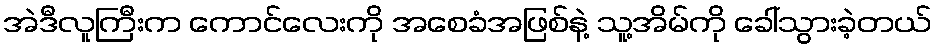
အဲဒီလူကြီးက ကောင်လေးကို အစေခံအဖြစ်နဲ့ သူ့အိမ်ကို ခေါ်သွားခဲ့တယ်